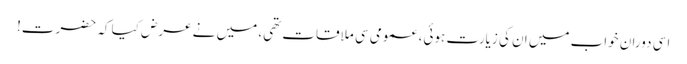
اسی دوران خواب میں ان کی زیارت ہوئی، عمومی سی ملاقات تھی، میں نے عرض کیا کہ حضرت!